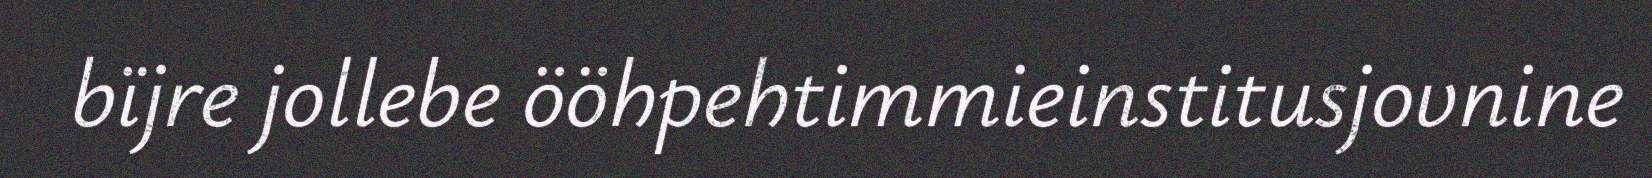
bïjre jollebe ööhpehtimmieinstitusjovnine